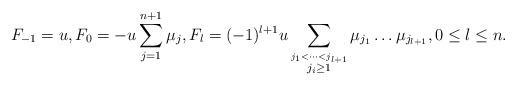
LaTeX: \begin{align*} F_{-1}=u, F_{0}=\displaystyle -u\sum_{j=1}^{n+1}\mu_{j}, F_l=\displaystyle (-1)^{l+1}u\sum_{\stackrel{j_1<\cdots<j_{l+1}}{j_i\geq 1}}\mu_{j_{1}}\ldots\mu_{j_{l+1}},0\leq l\leq n.\end{align*}